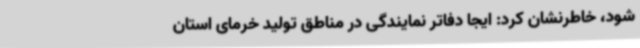
شود، خاطرنشان کرد: ایجا دفاتر نمایندگی در مناطق تولید خرمای استان